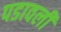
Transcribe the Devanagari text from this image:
पडावली